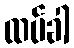
ထပ်ခါ